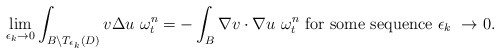
\begin{align*}\lim_{\epsilon_{k}\rightarrow 0}\int_{B\setminus T_{\epsilon_{k}}(D)}v \Delta u\ \omega_{t}^{n}=-\int_{B}\nabla v\cdot\nabla u\ \omega_{t}^{n}\ \textrm{for some sequence}\ \epsilon_{k}\ \rightarrow 0.\end{align*}